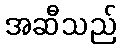
အဆီသည်